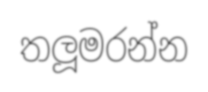
තලූමරන්න